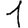
Digit: 1